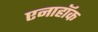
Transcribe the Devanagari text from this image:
एनाहॉक